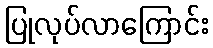
ပြုလုပ်လာကြောင်း